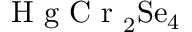
\mathrm { ~ H ~ g ~ C ~ r ~ } _ { 2 } \mathrm { S e } _ { 4 }